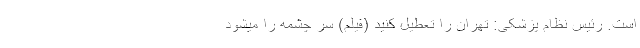
است. رئیس نظام پزشکی: تهران را تعطیل کنید (فیلم) سرِ چشمه را میشود